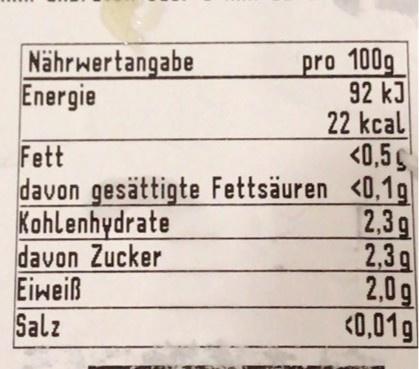
Nährwertangabe
Energie
Fett
<0,5
davon gesättigte Fettsäuren <0,1g
2,3g 2,3g 2,0g <0,01g
Kohlenhydrate davon Zucker
Eiweiß Salz
pro 100g 92 kJ 22 kcal